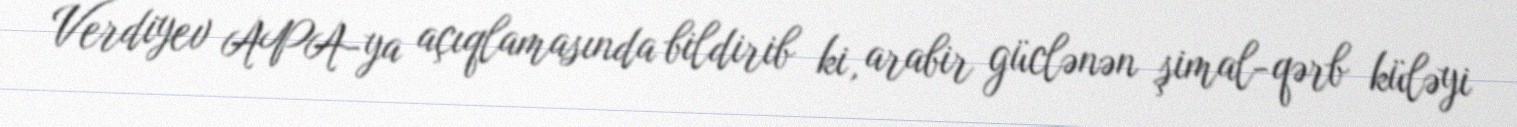
Verdiyev APA-ya açıqlamasında bildirib ki, arabir güclənən şimal-qərb küləyi